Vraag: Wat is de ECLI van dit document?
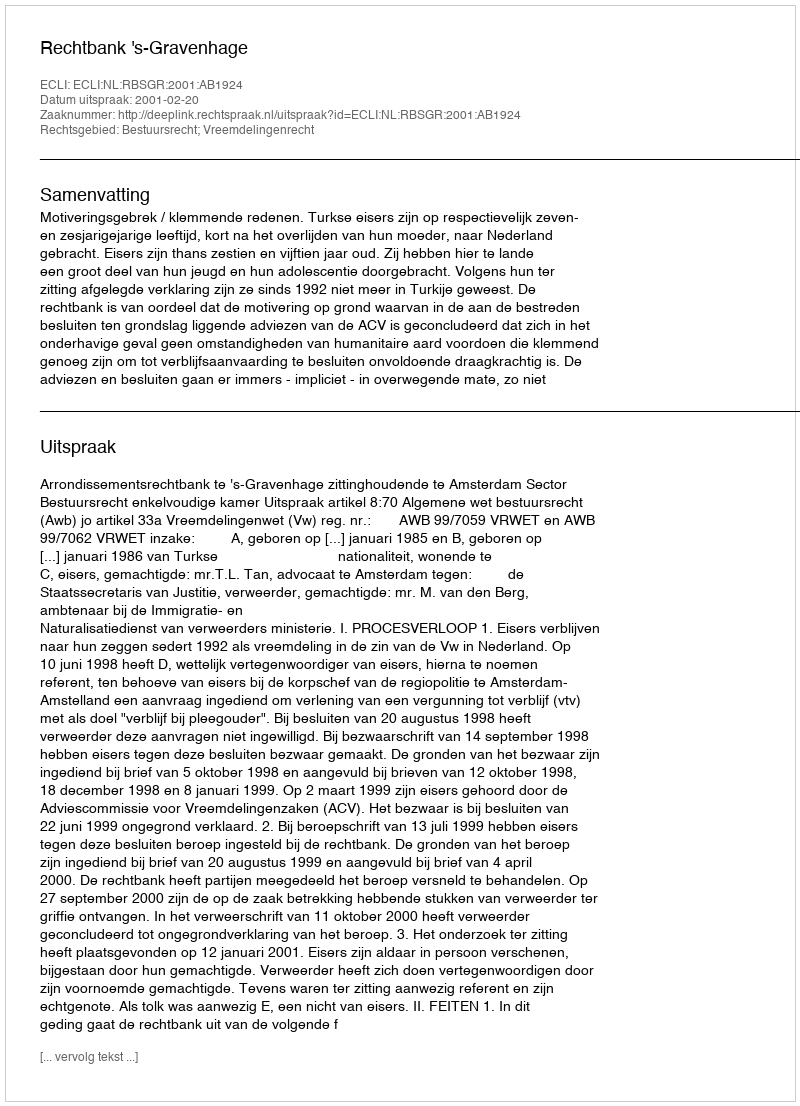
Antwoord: ECLI:NL:RBSGR:2001:AB1924